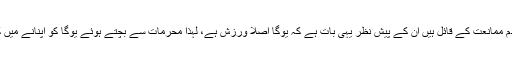
جو لوگ یوگا کی عدم ممانعت کے قائل ہیں ان کے پیش نظر یہی بات ہے کہ یوگا اصلاً ورزش ہے، لہٰذا محرمات سے بچتے ہوئے یوگا کو اپنانے میں کوئی حرج نہیں ہے۔